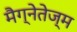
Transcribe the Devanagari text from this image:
मैग्नेतेज्म